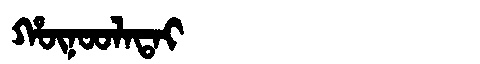
Manchu: ᡥᡡᠨᠣᠣᠯᠠᡨᠠᡳ
Romanization: HŪNOOLATAI